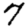
Digit: 7